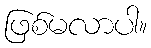
ဖြစ်မလာပါ။